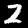
Digit: 2